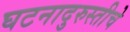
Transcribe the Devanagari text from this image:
घटनादुरुस्तीचे